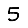
Digit: 5